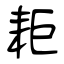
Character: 耟